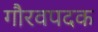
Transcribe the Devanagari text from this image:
गौरवपदक